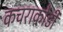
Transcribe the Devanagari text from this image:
कचराकोंडी